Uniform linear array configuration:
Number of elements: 32
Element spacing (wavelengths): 0.75
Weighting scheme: blackman
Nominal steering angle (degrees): -15
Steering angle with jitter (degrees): -13.465
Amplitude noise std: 0.05
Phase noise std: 0.05

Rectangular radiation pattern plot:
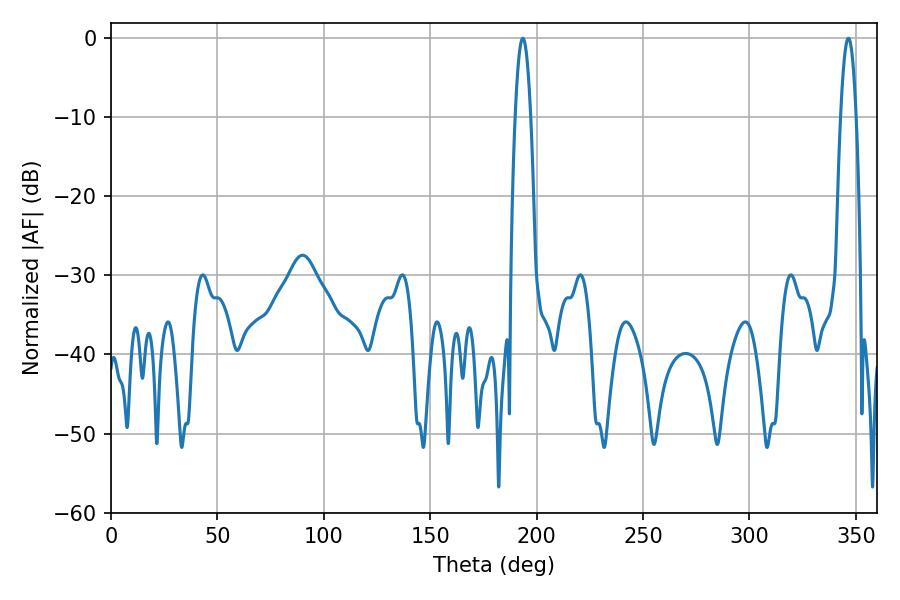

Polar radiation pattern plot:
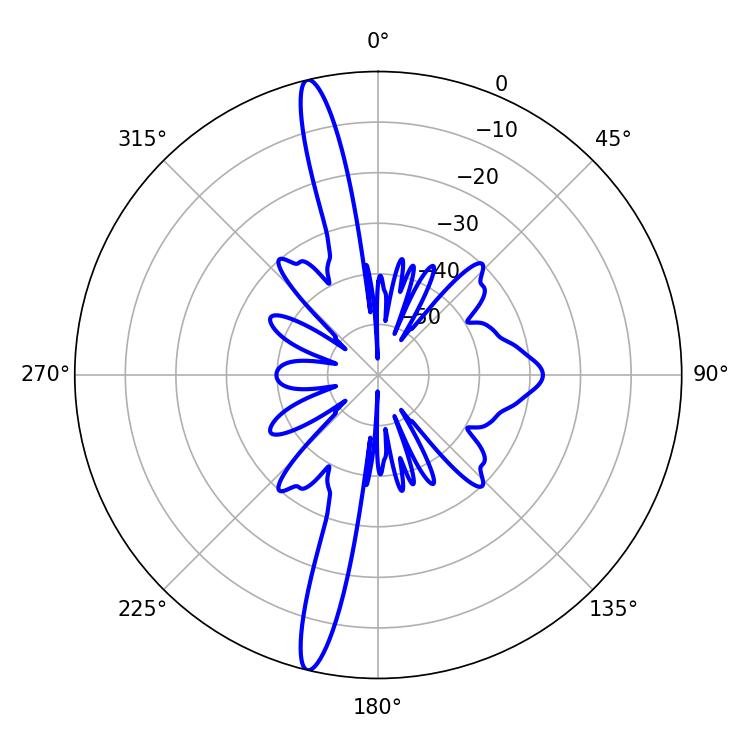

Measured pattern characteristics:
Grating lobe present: TRUE
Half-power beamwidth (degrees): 3.96
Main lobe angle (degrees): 193.5